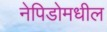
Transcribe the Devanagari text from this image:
नेपिडोमधील